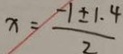
x = \frac { - 1 + 1 . 4 } { 2 }